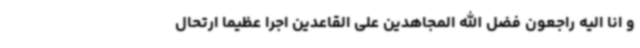
و انا الیه راجعون فضل الله المجاهدین علی القاعدین اجرا عظیما ارتحال